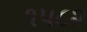
૧૫૮૨